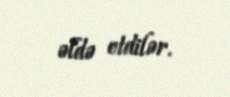
əldə etdilər.